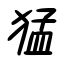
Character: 猛